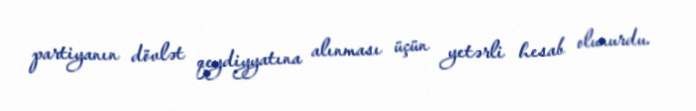
partiyanın dövlət qeydiyyatına alınması üçün yetərli hesab olunurdu.